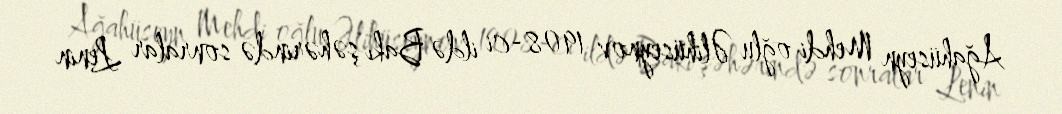
Ağahüseyn Mehdi oğlu Əlihüseynov 1908-ci ildə Bakı şəhərində sonralar Lenin